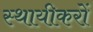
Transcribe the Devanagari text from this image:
स्थायीकरों